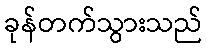
ခုန်တက်သွားသည်